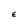
Character: E